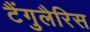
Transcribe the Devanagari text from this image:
टैंगुलैरिस